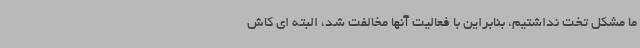
ما مشکل تخت نداشتیم، بنابراین با فعالیت آنها مخالفت شد، البته ای کاش